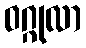
ဝဂ္ဂုလာ